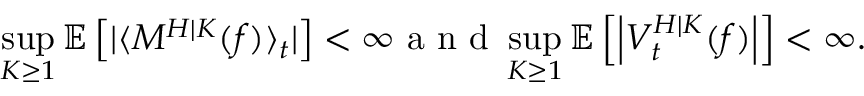
\operatorname* { s u p } _ { K \geq 1 } \mathbb { E } \left[ | \langle M ^ { H | K } ( f ) \rangle _ { t } | \right] < \infty \mathrm { ~ a ~ n ~ d ~ } \operatorname* { s u p } _ { K \geq 1 } \mathbb { E } \left[ \left| V _ { t } ^ { H | K } ( f ) \right| \right] < \infty .